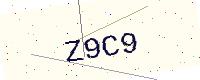
Text: Z9C9